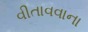
વીતાવવાના